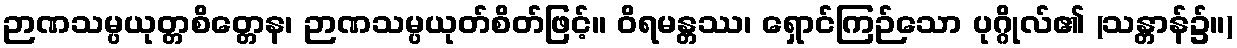
ဉာဏသမ္ပယုတ္တစိတ္တေန၊ ဉာဏသမ္ပယုတ်စိတ်ဖြင့်။ ဝိရမန္တဿ၊ ရှောင်ကြဉ်သော ပုဂ္ဂိုလ်၏ (သန္တာန်၌။)